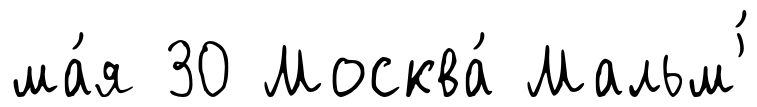
ма́я 30 Москва́ Мальм'́